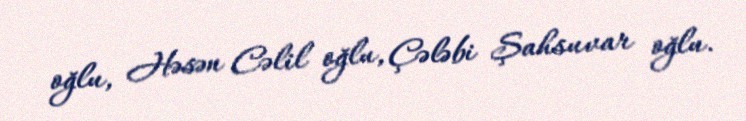
oğlu, Həsən Cəlil oğlu, Çələbi Şahsuvar oğlu.